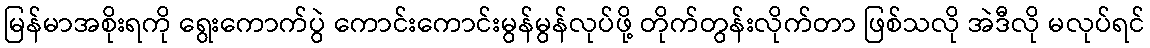
မြန်မာအစိုးရကို ရွေးကောက်ပွဲ ကောင်းကောင်းမွန်မွန်လုပ်ဖို့ တိုက်တွန်းလိုက်တာ ဖြစ်သလို အဲဒီလို မလုပ်ရင်